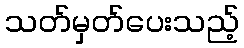
သတ်မှတ်ပေးသည့်